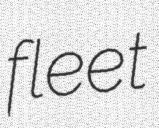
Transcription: fleet